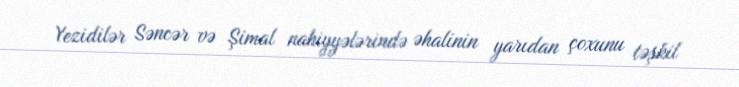
Yezidilər Səncər və Şimal nahiyyələrində əhalinin yarıdan çoxunu təşkil